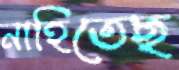
নাহিতেছ